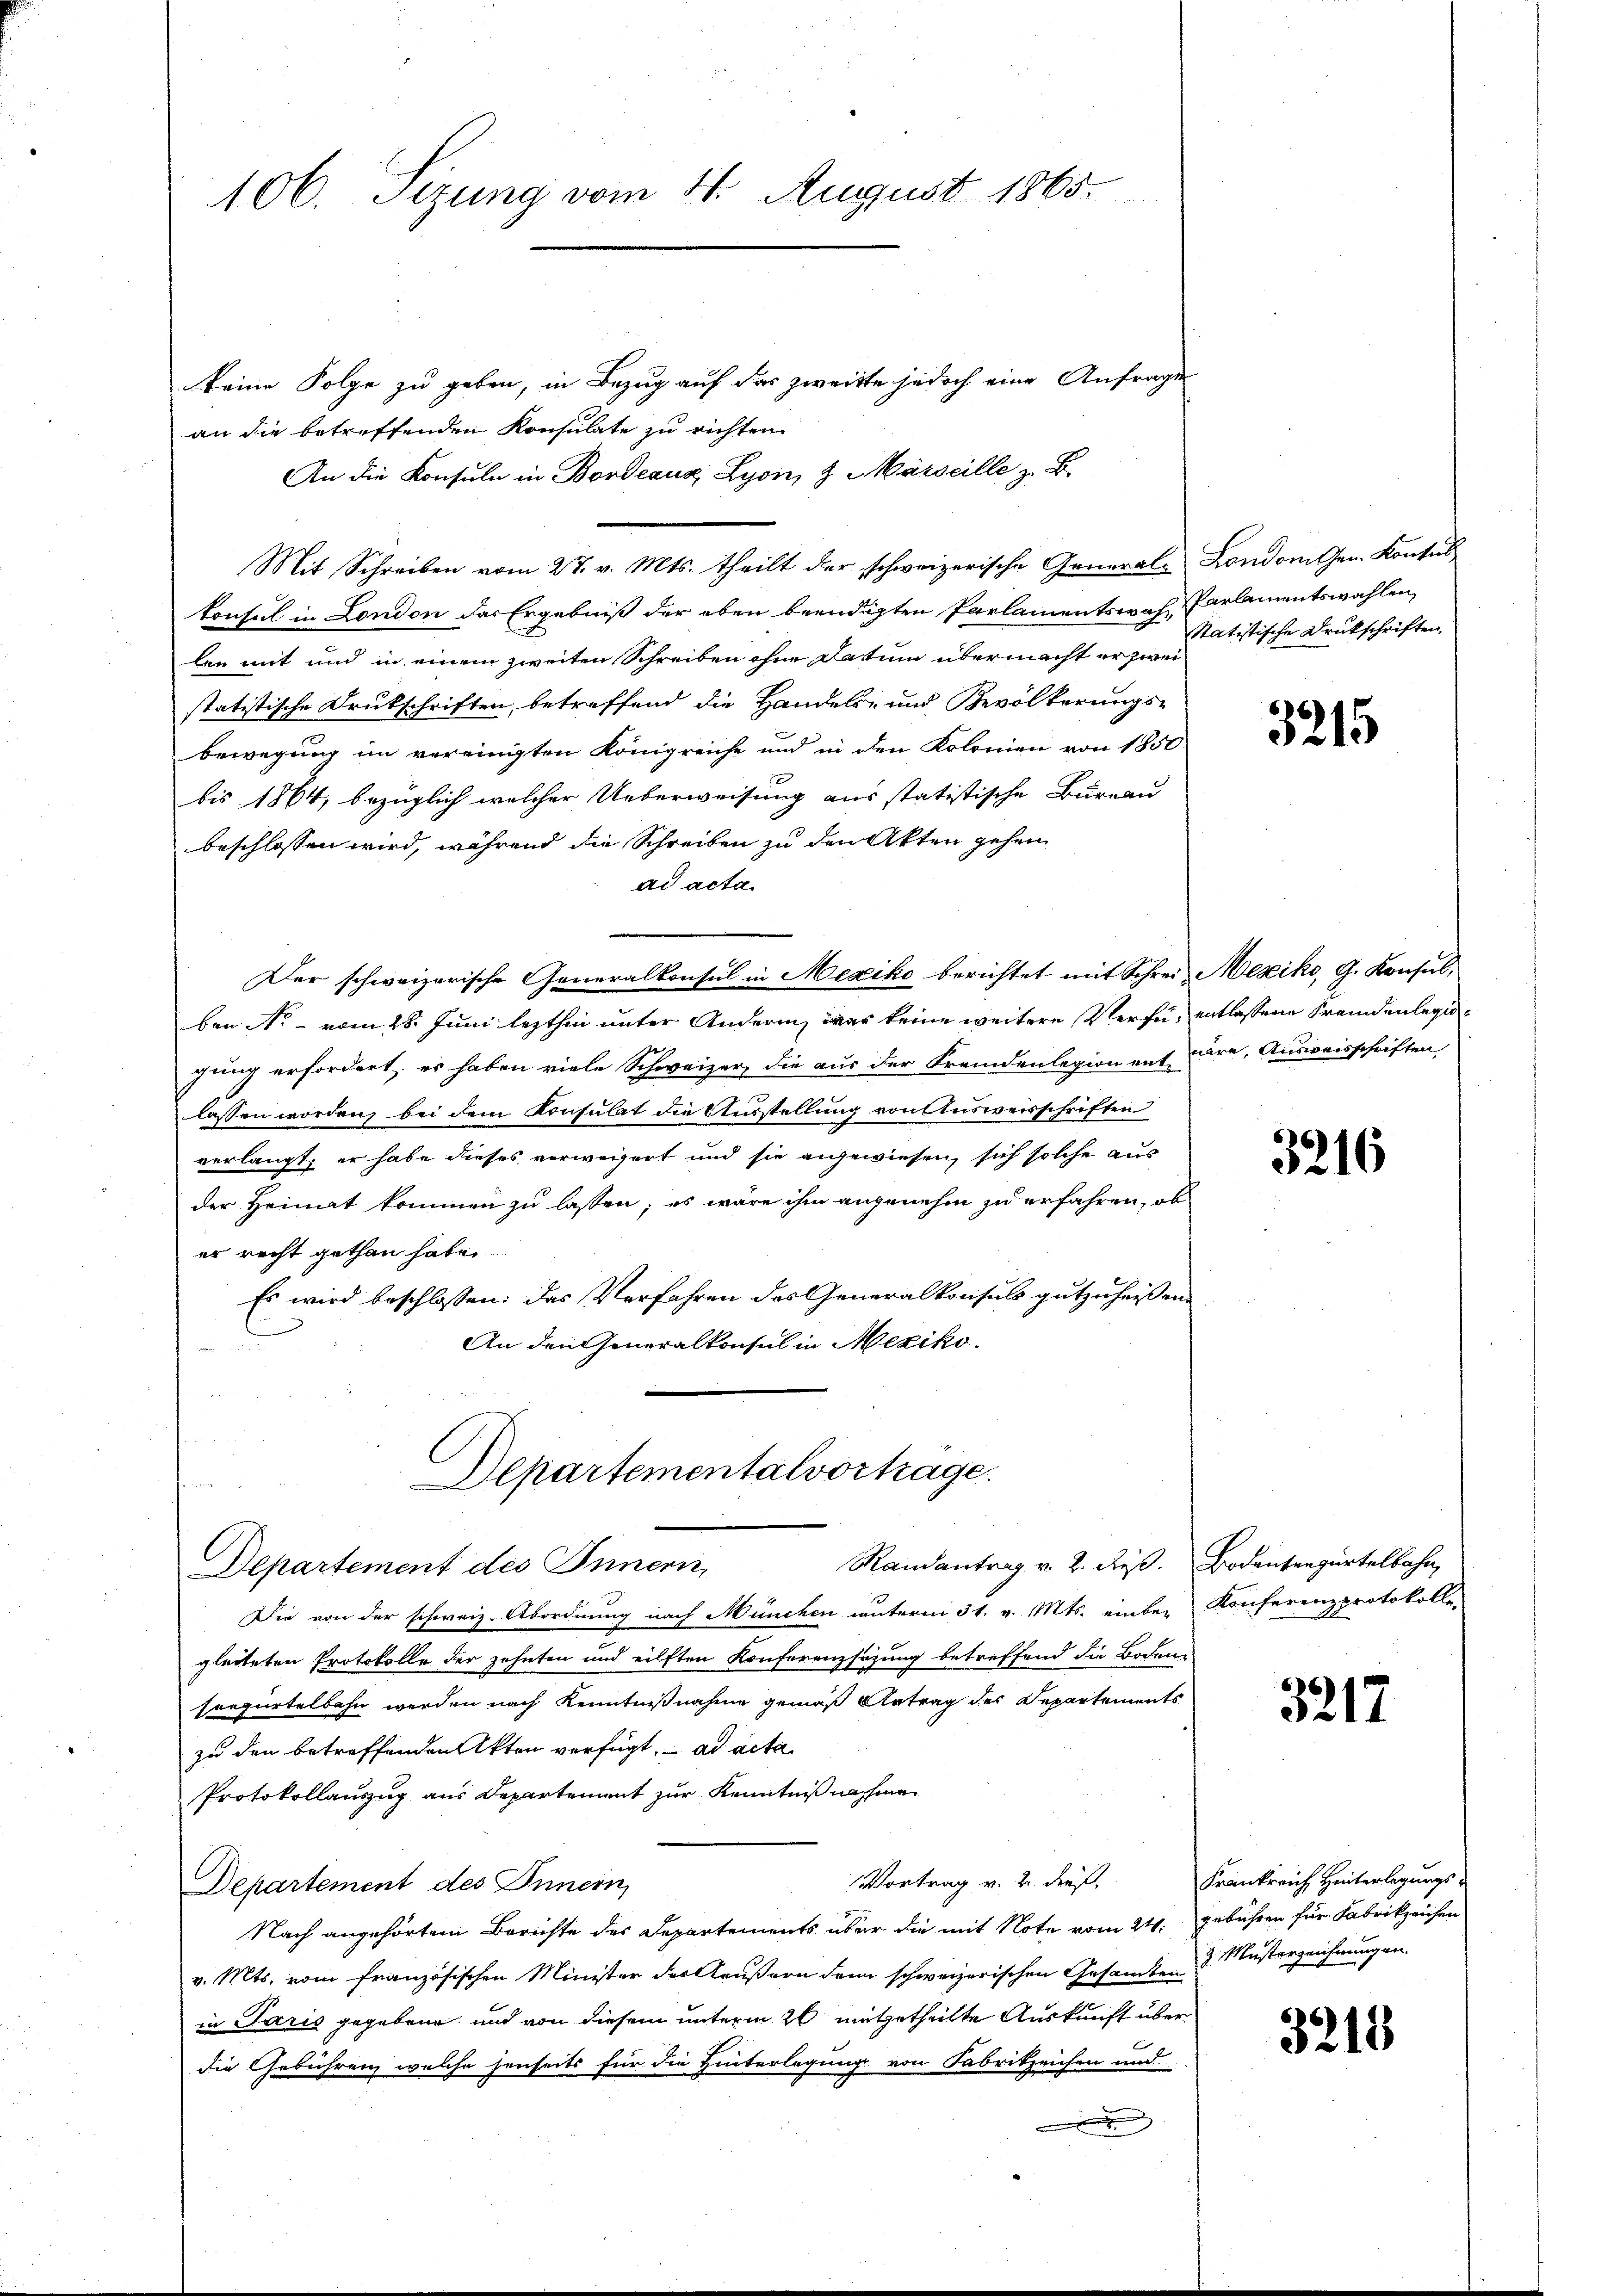
106. Sizung vom 4. August 1865.

Departementalvortrage.
Randantrag v. 2. dieß. Bodentengürtelbahn,
Departement des Innern,

keine Folge zu geben, in Bezug auf das zweitte jedoch eine Anfrage
an die betreffenden Konsulate zu richten
An die Konsuln in Bordeaux, Lyon, 9. Märseille z. B.
Mit Schreiben vom 27. v. Mts. theilt der schweizerische Generale London Gen. Kontul
konsul in London der Ergebniß der eben beendigten Parlamentswah-Parlamentswahlen,
len mit und in einem zweiten Schreiben ohne Datum übermacht er zwei
statistische Drukschriften, betreffend die Handels- und Bevölkerungs-
bewegung im vereinigten Königreiche und in den Kolonien von 1850:
bis 1864, bezüglich welcher Ueberweisung aus statistische Bureau
beschlossen wird, während die Schreiben zu den Akten gehen
ad acta.
Der schweizerische Generalkonsul in Mexiko berichtet mit Schrei Mesiko, G. Konsul,
ben No - vom 28. Juni lezthin unter Anderung war keine weitere Verfü- entlassene Fremdenlegijung erfordert, er haben viele Schweizer, die aus der Fremdenlegion mit wäre, Ausweisschriften,
lassen worden, bei dem Konsulat die Ausstellung von Ausweisschriften
verlangt; er habe dieses verwegert und sie angewiesen, sich solche aus
der Heimat kommen zu lassen; es wäre ihm angenehm zu erfahren, ob
er recht gethan habe.
Es wird beschlossen: das Verfahren des Generalkonsuls gutzuheissen.
An den Generalkonsul in Mexiko¬

Die von der schweiz. Abordnung nach München unterm 31. v. Mts. einbei Konferenzprotokolle-
gleiteten Protokolle der zehnten und eilften Konferenzsezung betreffend die Boden-
soezurtelbahn werden nach Kenntnißnahme gemäß Antrag des Departements
zu den betreffenden Akten verfügt, ad acta
Protokollauszug aus Departement zur Kenntniß nahmen
Vortrag v. 2. dieß,
Departement des Innern,
Nach angehörtem Berichte des Departements über die mit Note vom 24. gebühren für Fabrikzeichen
v. Mts. vom französischen Minister des Aeußern dann schweizerischen Gesandten Musterzeichnungen.
in Paris gegebene und von diesem unterm 26 mitgetheilte Auskunft über
die Gebühren, welche jenseits für die Hinterlegung von Fabrikzeichen und

Statistische Drukschriften,

3215

3216

3217

3215

Frankreich Hinterlegungs-